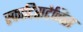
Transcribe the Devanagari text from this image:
स्काटिसटेनिस